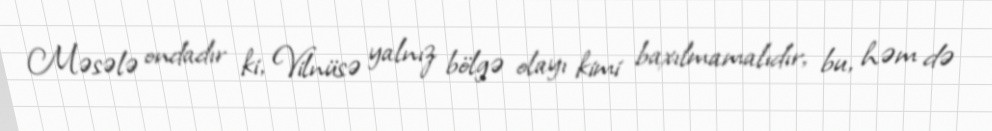
Məsələ ondadır ki, Vilnüsə yalnız bölgə olayı kimi baxılmamalıdır, bu, həm də